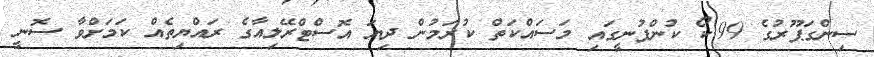
ސިންގަޕޫރުގެ 99.ކޯ ކުންފުނީގައި މަސައްކަތް ކުރަމުން ދިޔަ އޮސްޓްރޭލިއާގެ ރައްޔިތެއް ކަމަށްވާ ސޮނީ